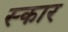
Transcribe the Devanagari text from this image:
स्‍कार